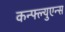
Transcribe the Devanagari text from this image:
कन्फ्ल्युएन्स